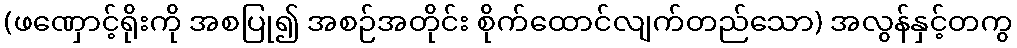
(ဖဏှောင့်ရိုးကို အစပြု၍ အစဉ်အတိုင်း စိုက်ထောင်လျက်တည်သော) အလွန်နှင့်တကွ